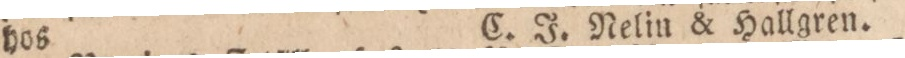
hos    C. J. Nelin & Hallgren.